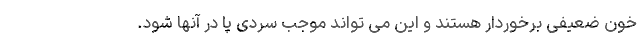
خون ضعیفی برخوردار هستند و این می تواند موجب سردی پا در آنها شود.